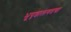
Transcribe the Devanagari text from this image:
भूपृष्ठालगतचा